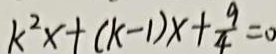
k ^ { 2 } x + ( k - 1 ) x + \frac { 9 } { 4 } = 0